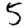
Digit: 5